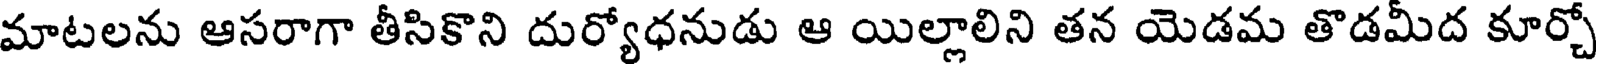
మాటలను ఆసరాగా తీసికొని దుర్యోధనుడు ఆ యిల్లాలిని తన యెడమ తొడమీద కూర్చో